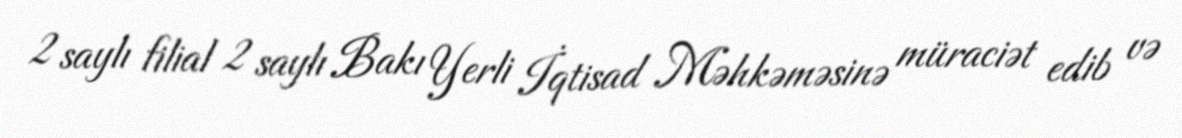
2 saylı filial 2 saylı Bakı Yerli İqtisad Məhkəməsinə müraciət edib və